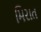
મિરાત